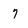
Character: 7